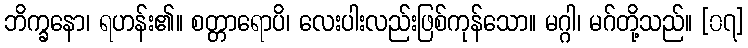
ဘိက္ခနော၊ ရဟန်း၏။ စတ္တာရောပိ၊ လေးပါးလည်းဖြစ်ကုန်သော။ မဂ္ဂါ၊ မဂ်တို့သည်။ [၀၇]